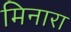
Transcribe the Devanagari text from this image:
मिनारा